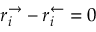
r _ { i } ^ { \rightarrow } - r _ { i } ^ { \leftarrow } = 0